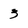
Character: 3